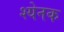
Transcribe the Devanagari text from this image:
श्येनक